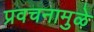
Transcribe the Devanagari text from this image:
प्रवचनामुळे